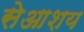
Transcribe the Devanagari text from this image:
सेआशय